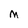
Character: M